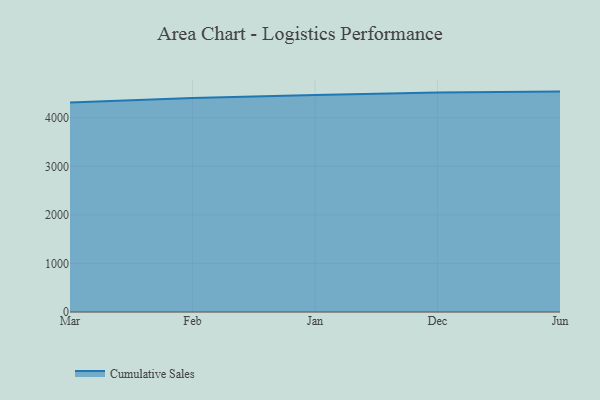
{"axis": {"x": "Month", "y": "Headcount"}, "legend": ["Cumulative Sales"], "data": [{"x": "Mar", "y": 4315.7, "type": "Cumulative Sales"}, {"x": "Feb", "y": 4407.7, "type": "Cumulative Sales"}, {"x": "Jan", "y": 4471.1, "type": "Cumulative Sales"}, {"x": "Dec", "y": 4519.8, "type": "Cumulative Sales"}, {"x": "Jun", "y": 4539.1, "type": "Cumulative Sales"}]}